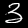
Label: 3